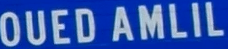
OUEDAMLIL